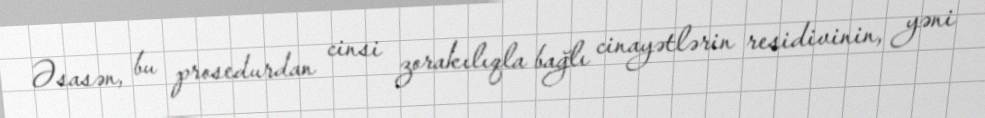
Əsasən, bu prosedurdan cinsi zorakılıqla bağlı cinayətlərin residivinin, yəni